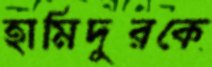
হামিদুরকে